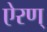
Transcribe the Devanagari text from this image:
ऐरण्